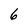
Character: 6